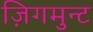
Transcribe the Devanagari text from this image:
ज़िगमुन्ट